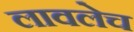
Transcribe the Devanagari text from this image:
लावलेच